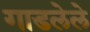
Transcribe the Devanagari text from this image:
गाडलेले